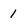
Character: 1